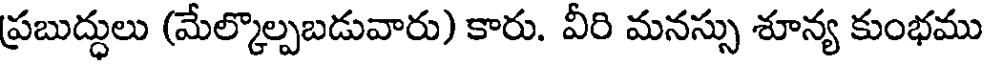
ప్రబుద్ధులు (మేల్కొల్పబడువారు) కారు. వీరి మనస్సు శూన్య కుంభము